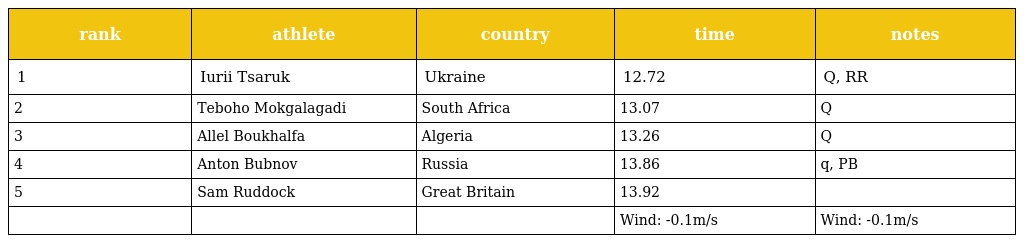
| rank | athlete | country | time | notes |
 | --- | --- | --- | --- | --- |
 | 1 | Iurii Tsaruk | Ukraine | 12.72 | Q, RR |
 | 2 | Teboho Mokgalagadi | South Africa | 13.07 | Q |
 | 3 | Allel Boukhalfa | Algeria | 13.26 | Q |
 | 4 | Anton Bubnov | Russia | 13.86 | q, PB |
 | 5 | Sam Ruddock | Great Britain | 13.92 |  |
 |  |  |  | Wind: -0.1m/s | Wind: -0.1m/s |